Civil Veterinary Dept. Assam report 1911-1927 - 1911-1927
Year: 1911
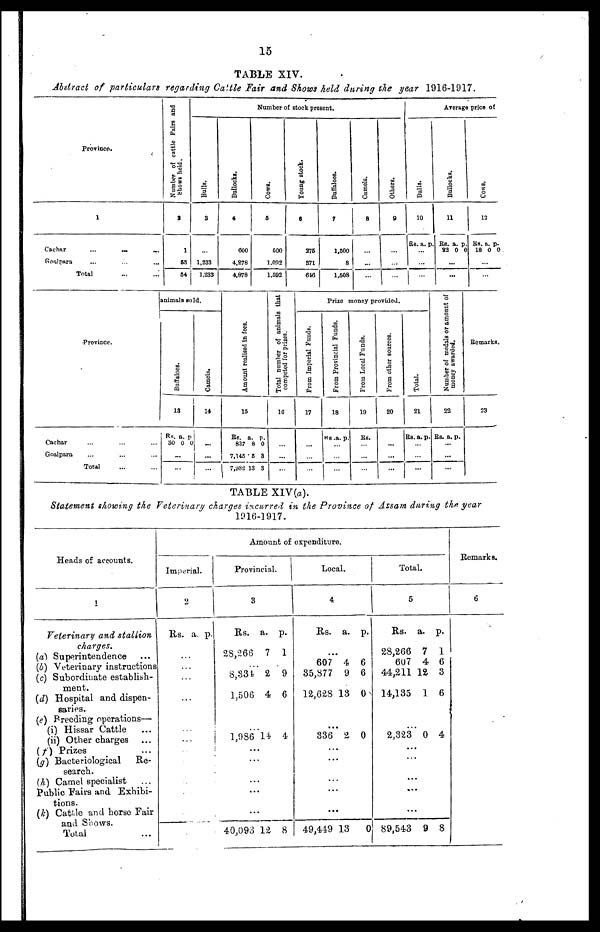
15
TABLE XIV.
Abstract of particulars regarding Cattle Fair and Shows held during the year 1916-1917.
Province.
1
Cachar
...
...
...
Goalpara ... ... ...
Total ... ...
Number of cattle Fairs and
Shows held.
2
1
53
54
Number of stock present.
Bulls.
3
1,233
1.233
Bullocks.
4
600
4,278
4,878
Cows.
5
600
1,092
1.692
Young stock.
6
376
371
646
Buffaloes.
7
1,600
8
1,608
Camels.
8
...
Others.
9
...
Average priceof
Bulls.
10
Rs
...
...
. a.
...
p
Bullocks.
11
Rs.
22
.
a.
0 0
..
p
Cows .
1
2
. Us.
18
.
a.
0
..
p.
0
Cachar
Goalpara
Province.
Total
animals sold.
Buffaloes.
13
Rs. a. p
30 0 0
...
Camels.
14
...
Amount realised in fees.
15
Rs. a. p.
837 8 0
7,145 5 3
7,982 13 3
Total number of animals that
competed
for prizes.
16
From Imperial Funds.
17
Prize money provided.
From Provincial Funds.
18
RS. a. p.
From Local Funds.
19
RS.
From other sources.
20
...
Total.
21
Rs. a. p.
Number of medals or amount of
money awarded.
22
Rs. a. p.
...
Remarks.
23
TABLE XIV(a).
Statement showing the Veterinary charges incurred in the Province of Assam during the year
1916-1917.
Heads of accounts.
1
Veterinary and stallion
charges.
(a) Superintendence
(b) Veterinary instructions
(c) Subordinate establish-
ment.
(d) Hospital and dispen-
saries.
(e) Breeding operations—
(i) Hissar Cattle ...
(ii) Other charges
(f) Prizes
(g) Bacteriological
Re-
search.
(h) Camel specialist ...
Public Fairs and Exhibi-
tions.
(k) Cattle and horse Fair
and Snows.
Total
Amount of expenditure.
Imperial.
2
Rs. a. p.
Provincial.
3
Rs.
28,266
8,334
1,506
1,986
..
..
..
...
40,093
a.
7
2
4
14
.
.
.
12
p.
1
9
6
4
8
Local.
4
Rs.
607
85,877
12,628 1
336 2
...
...
...
...
49,449 1
a.
4
9
3
3
p.
6
6
0
0
0
Total.
5
Rs.
28,266
607
44,211
14,135
2,323
...
..
..
..
89,543
a.
7
4
12
1
0
.
.
.
9
p.
1
6
3
6
4
8
Remarks.
6